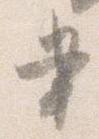
書